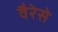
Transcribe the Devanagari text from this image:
वैरेसे